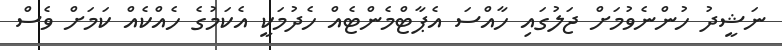
ނަޝީދު ހުންނެވުމަށް ޖަލުގައި ހާއްސަ އެޕާޓްމެންޓެއް ހެދުމަކީ އެކަމުގެ ހެއްކެއް ކަމަށް ވެސް